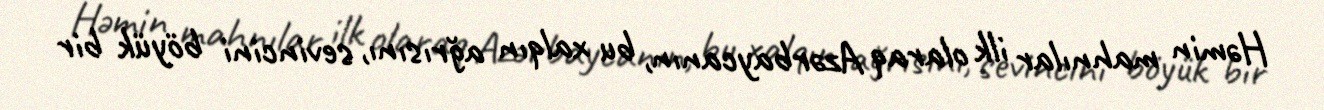
Həmin mahnılar ilk olaraq Azərbaycanın, bu xalqın ağrısını, sevincini böyük bir